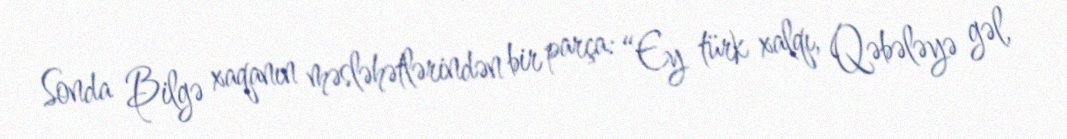
Sonda Bilgə xaqanın məsləhətlərindən bir parça: “Ey türk xalqı, Qəbələyə gəl,